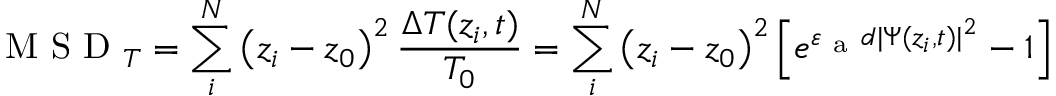
\mathrm { ~ M ~ S ~ D ~ } _ { T } = \sum _ { i } ^ { N } \left( z _ { i } - z _ { 0 } \right) ^ { 2 } \frac { \Delta T ( z _ { i } , t ) } { T _ { 0 } } = \sum _ { i } ^ { N } \left( z _ { i } - z _ { 0 } \right) ^ { 2 } \left[ e ^ { \varepsilon _ { \mathrm { ~ a ~ } } d | \Psi ( z _ { i } , t ) | ^ { 2 } } - 1 \right]